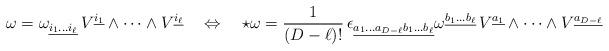
LaTeX: \begin{align*}\omega= \omega_{\underline{i_1\dots i_\ell}} \, V^{\underline{i_1}} \wedge \dots \wedge V^{\underline{i_\ell}} \quad \Leftrightarrow \quad \star \omega = \frac{1}{(D-\ell)!} \, \epsilon_{\underline{a_1 \dots a_{D-\ell} b_1 \dots b_\ell}} \omega^{\underline{b_1\dots b_\ell}} \, V^{\underline{a_1}} \wedge \dots \wedge V^{\underline{a_{D-\ell}}}\end{align*}